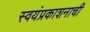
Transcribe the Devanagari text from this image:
स्वयंप्रकाशनाची